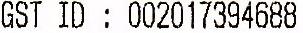
GST ID: 002017394688